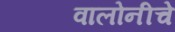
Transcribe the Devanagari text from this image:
वालोनीचे